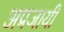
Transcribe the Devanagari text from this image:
अप्रजायी